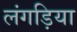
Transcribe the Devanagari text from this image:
लंगड़िया